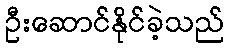
ဦးဆောင်နိုင်ခဲ့သည်